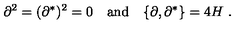
\partial ^ { 2 } = ( \partial ^ { * } ) ^ { 2 } = 0 \quad \mathrm { a n d } \quad \{ \partial , \partial ^ { * } \} = 4 H \ .